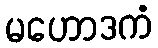
မဟောဒကံ